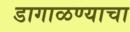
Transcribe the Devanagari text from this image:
डागाळण्याचा